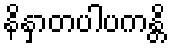
နိနှာတပါပကန္တိ